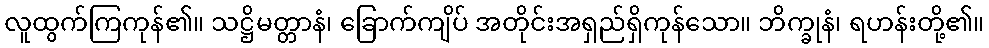
လူထွက်ကြကုန်၏။ သဋ္ဌိမတ္တာနံ၊ ခြောက်ကျိပ် အတိုင်းအရှည်ရှိကုန်သော။ ဘိက္ခုနံ၊ ရဟန်းတို့၏။